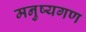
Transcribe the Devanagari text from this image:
मनुष्यगण